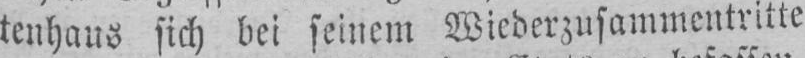
tenhaus sich bei seinem Wiederzusammentritte